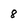
Character: 8